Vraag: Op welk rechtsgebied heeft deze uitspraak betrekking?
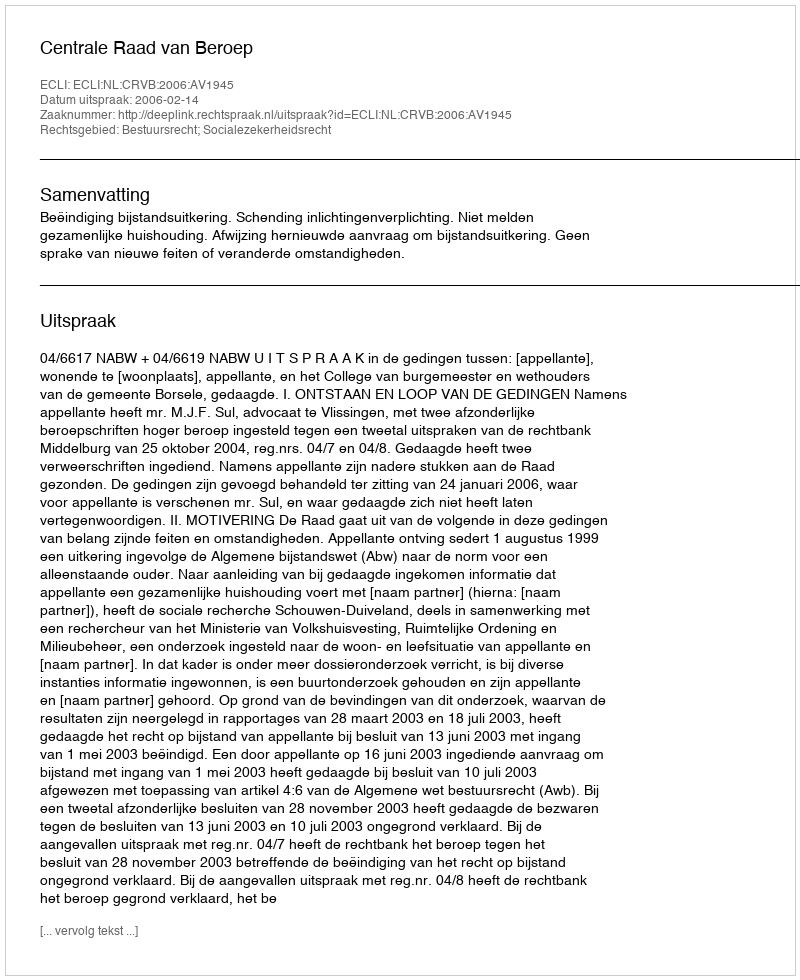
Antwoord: Bestuursrecht; Socialezekerheidsrecht